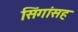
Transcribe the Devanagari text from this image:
सिंगांसह